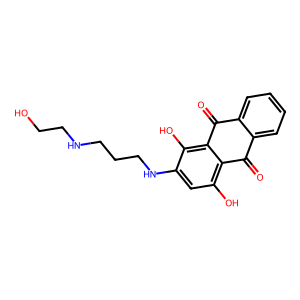
SMILES: O=C1c2ccccc2C(=O)c2c(O)c(NCCCNCCO)cc(O)c21
Inhibits HIV replication: No